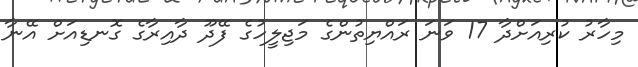
މިހާރު ކުރިއަށްދާ 17 ވަނަ ރައްޔިތުންގެ މަޖިލީހުގެ ފޭދޫ ދާއިރާގެ ގޮނޑިއަށް އޭނާ